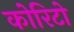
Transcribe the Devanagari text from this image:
कोरिटो